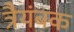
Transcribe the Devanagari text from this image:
त्रैयंबक